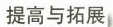
提高与拓展